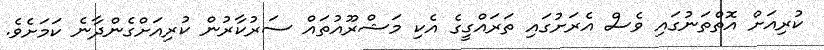
ކުރިއަށް އޮތްތަނުގައި ވެސް އެރަށުގައި ތަރައްގީގެ އެކި މަޝްރޫއުތައް ސަރުކާރުން ކުރިއަށްގެންދާނެ ކަމަށެވެ.